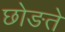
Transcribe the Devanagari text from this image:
छोङते